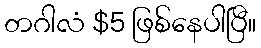
တဂါလံ $5 ဖြစ်နေပါပြီ။